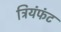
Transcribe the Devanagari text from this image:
त्रियंफंट